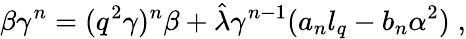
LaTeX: \beta\gamma^{n}=(q^{2}\gamma)^{n}\beta+\hat{\lambda}\gamma^{n-1}(a_{n}l_{q}-b_{n}\alpha^{2})\; ,